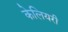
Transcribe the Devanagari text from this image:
केलियरी